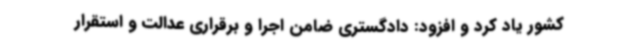
کشور یاد کرد و افزود: دادگستری ضامن اجرا و برقراری عدالت و استقرار